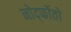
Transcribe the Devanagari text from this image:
नोर्द्फोतो